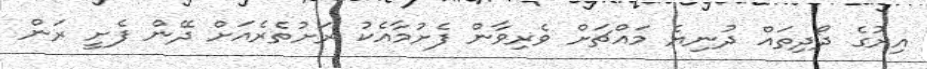
އިރުގެ ދޯދިތައް ދުނިޔެ މައްޗަށް ވެރިވާން ފެށުމާއެކު ރަށުތެރެއަށް ދޭން ފެށީ ރަން